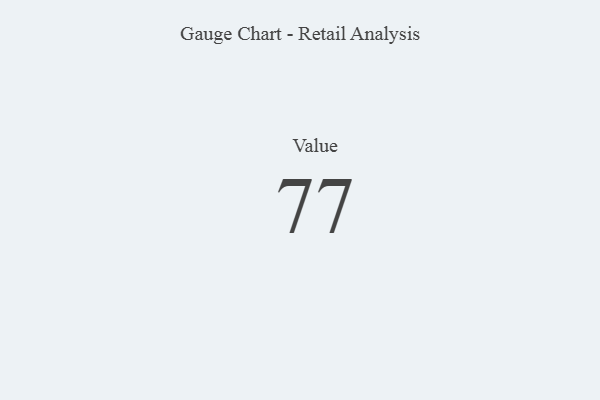
{"axis": {"x": "Metric", "y": "Value"}, "legend": [""], "data": [{"x": "Value", "y": 77, "type": ""}]}